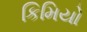
કિમિયો